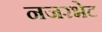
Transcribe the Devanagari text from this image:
नजरभेट